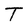
Character: T